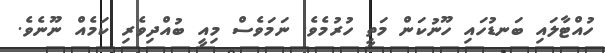
ހުއްޓާލައި ބަނޑުހައި ހޫނުކަން މަތީ ހުރުމެވެ. ނަމަވެސް މިއީ ބުއްދިވެރި ކަމެއް ނޫނެވެ.